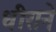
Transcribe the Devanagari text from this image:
धीराने